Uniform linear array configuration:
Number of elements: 16
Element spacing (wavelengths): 0.5
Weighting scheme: uniform
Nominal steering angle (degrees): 45
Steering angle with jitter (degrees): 46.141
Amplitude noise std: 0.05
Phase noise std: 0.05

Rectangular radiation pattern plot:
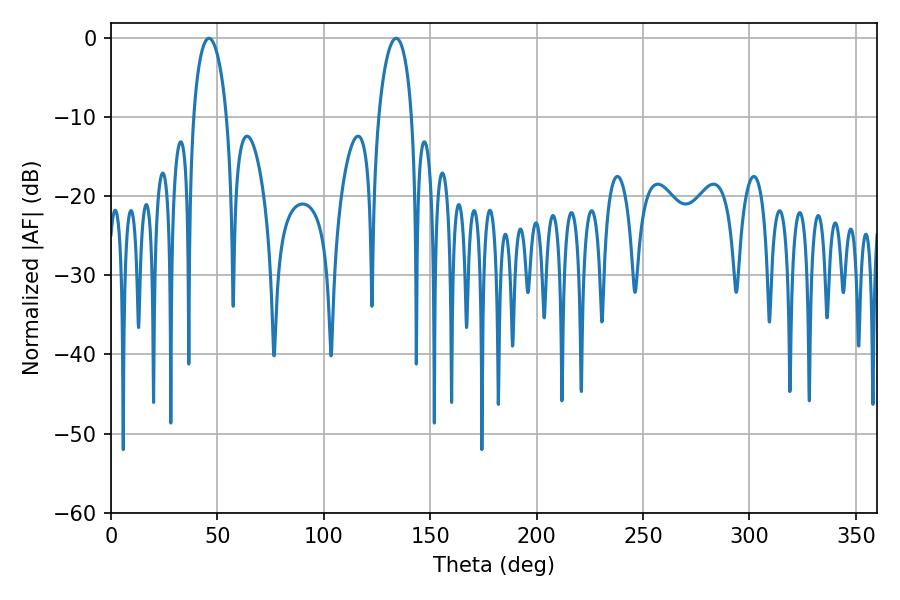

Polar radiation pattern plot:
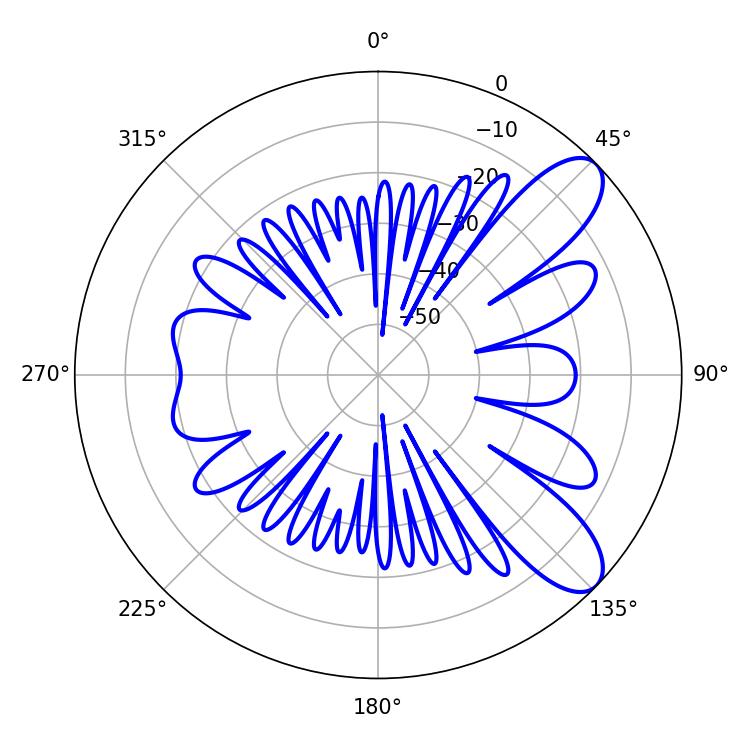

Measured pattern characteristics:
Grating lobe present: FALSE
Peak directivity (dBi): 9.125
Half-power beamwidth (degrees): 8.82
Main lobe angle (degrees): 46.08